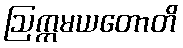
ဩက္ကမယတောတိ